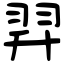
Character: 𦐒